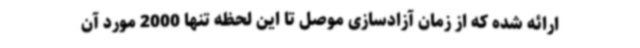
ارائه شده که از زمان آزادسازی موصل تا این لحظه تنها 2000 مورد آن